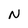
Character: N